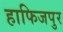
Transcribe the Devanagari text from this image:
हाफिजपुर